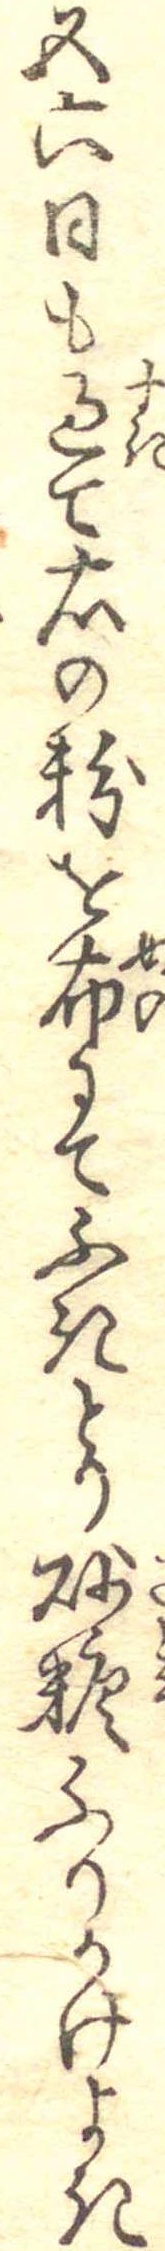
五六日も過て右の粉を布にてふきとり砂糖ふりかけよき